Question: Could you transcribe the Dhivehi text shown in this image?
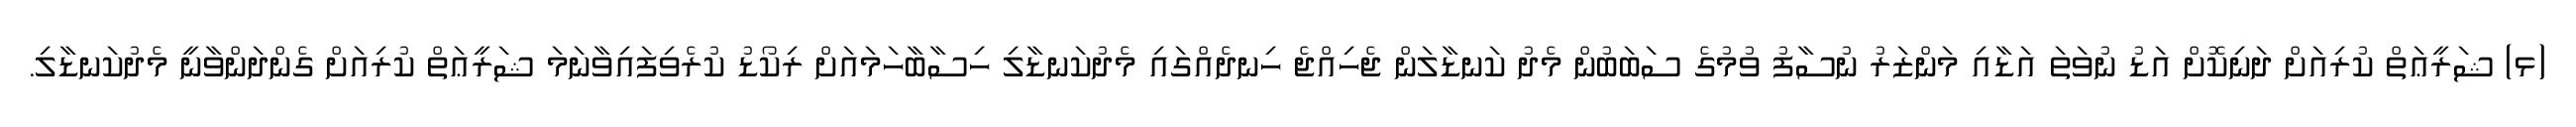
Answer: (ޅ) ޝަރީޢަތް ކުރިއަށް ދަނިކޮށް އަޑު ނުވަތަ އަޑާއި މަންޒަރު ނުސާފު ވުމުގެ ސަބަބުން މެދު ކަނޑާލަން ޖެހިއްޖެ ހިނދެއްގައި މެދުކަނޑާލި ހިސާބާހަމައަށް ރިކޯޑު ކުރެވިފައިވާނަމަ ޝަރީޢަތް ކުރިއަށް ގެންދަންވާނީ މެދުކަނޑާލި.